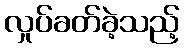
လှုပ်ခတ်ခဲ့သည့်